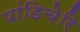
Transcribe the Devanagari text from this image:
पांडिचेरि